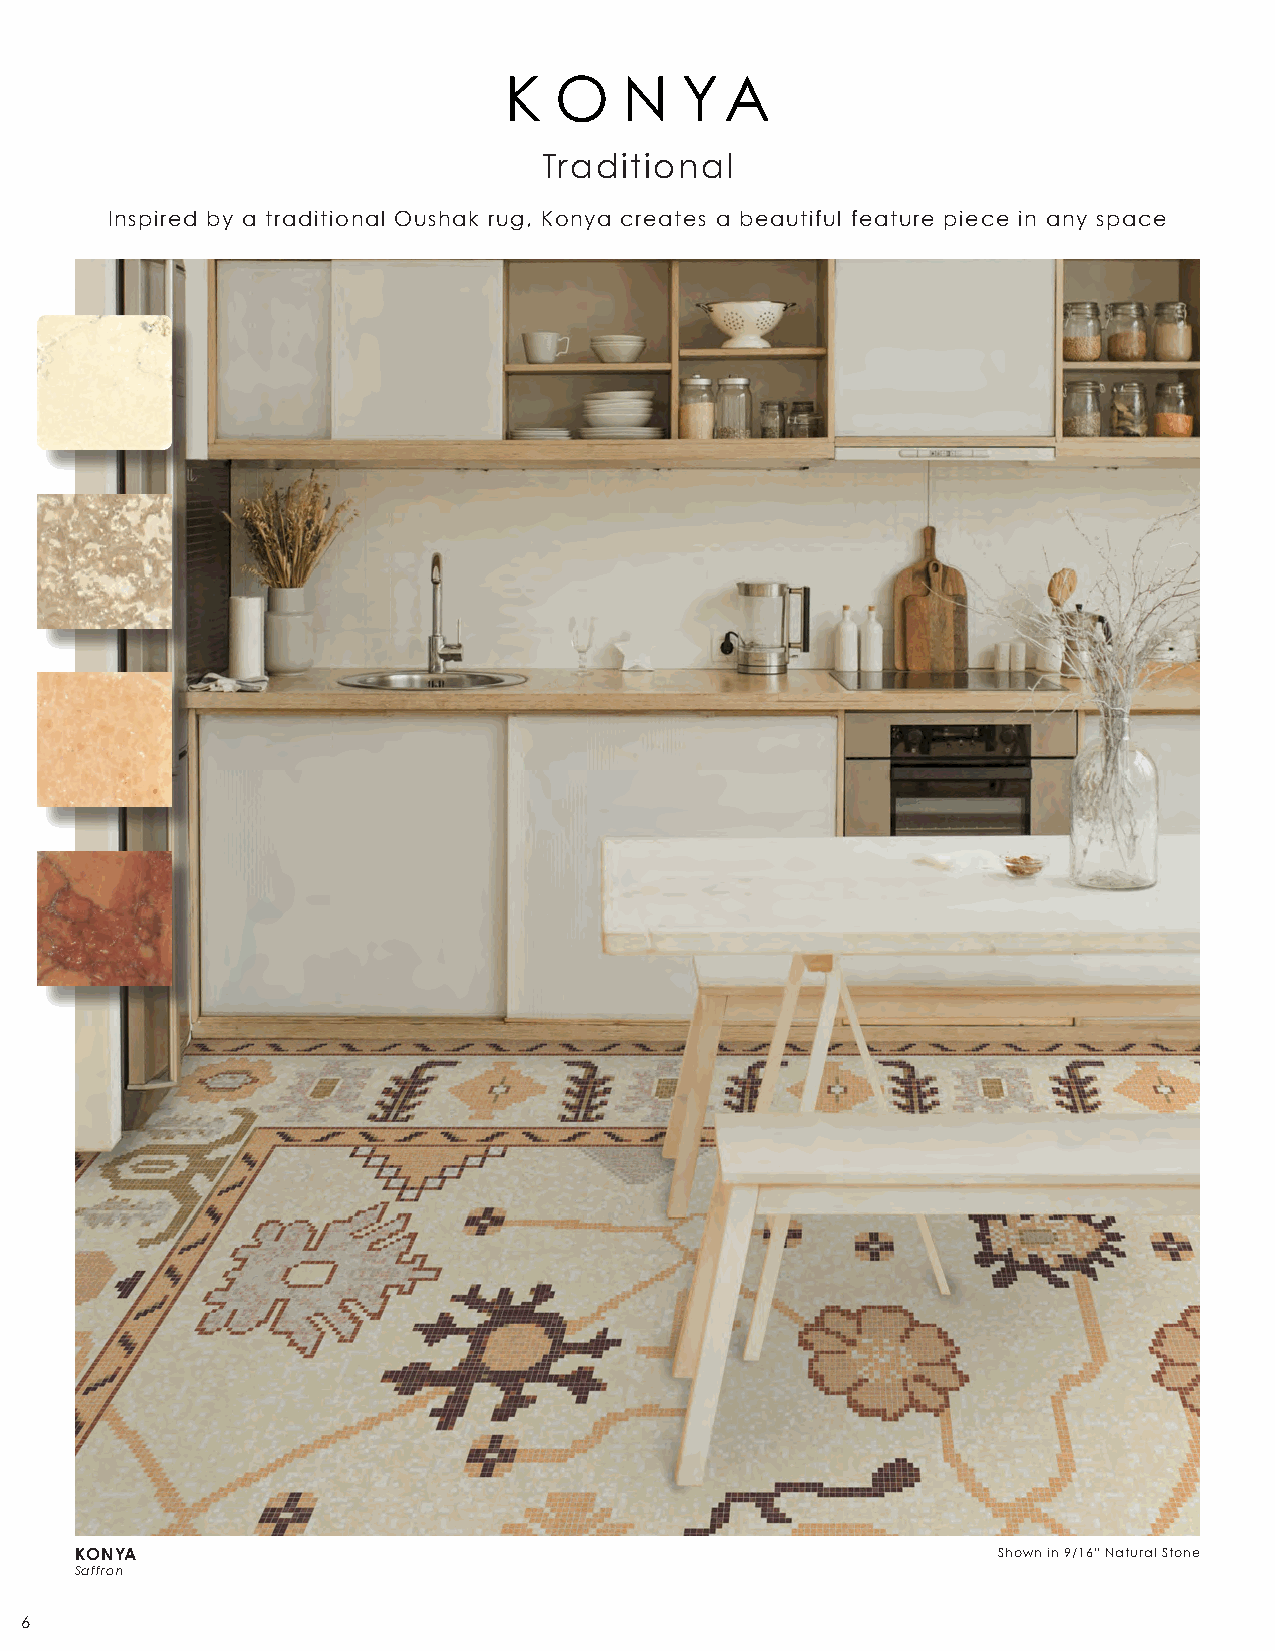
K   O   N   YA
 Traditional
 Inspired by a traditional Oushak rug, Konya creates a beautiful feature piece in any space
 KONYA                                                        Shown in 9/16” Natural Stone
 Saffron
 6